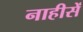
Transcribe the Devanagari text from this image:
नाहीसें